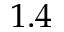
1 . 4